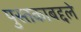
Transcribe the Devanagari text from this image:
पुस्तकाबद्दले